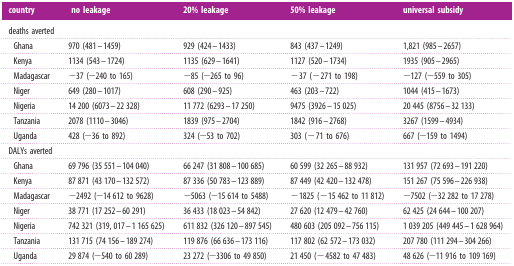
<table><thead><tr><td><b>country</b></td><td><b> no leakage</b></td><td><b>20% leakage</b></td><td><b>50% leakage</b></td><td><b>universal subsidy</b></td></tr></thead><tbody><tr><td colspan="5">deaths averted</td></tr><tr><td> Ghana</td><td>970 (481–1459)</td><td>929 (424–1433)</td><td>843 (437–1249)</td><td>1,821 (985–2657)</td></tr><tr><td> Kenya</td><td>1134 (543–1724)</td><td>1135 (629–1641)</td><td>1127 (520–1734)</td><td>1935 (905–2965)</td></tr><tr><td> Madagascar</td><td>−37 (−240 to 165)</td><td>−85 (−265 to 96)</td><td>−37 (−271 to 198)</td><td>−127 (−559 to 305)</td></tr><tr><td> Niger</td><td>649 (280–1017)</td><td>608 (290–925)</td><td>463 (203–722)</td><td>1044 (415–1673)</td></tr><tr><td> Nigeria</td><td>14 200 (6073–22 328)</td><td>11 772 (6293–17 250)</td><td>9475 (3926–15 025)</td><td>20 445 (8756–32 133)</td></tr><tr><td> Tanzania</td><td>2078 (1110–3046)</td><td>1839 (975–2704)</td><td>1842 (916–2768)</td><td>3267 (1599–4934)</td></tr><tr><td> Uganda</td><td>428 (−36 to 892)</td><td>324 (−53 to 702)</td><td>303 (−71 to 676)</td><td>667 (−159 to 1494)</td></tr><tr><td colspan="5">DALYs averted</td></tr><tr><td> Ghana</td><td>69 796 (35 551–104 040)</td><td>66 247 (31 808–100 685)</td><td>60 599 (32 265–88 932)</td><td>131 957 (72 693–191 220)</td></tr><tr><td> Kenya</td><td>87 871 (43 170–132 572)</td><td>87 336 (50 783–123 889)</td><td>87 449 (42 420–132 478)</td><td>151 267 (75 596–226 938)</td></tr><tr><td> Madagascar</td><td>−2492 (−14 612 to 9628)</td><td>−5063 (−15 614 to 5488)</td><td>−1825 (−15 462 to 11 812)</td><td>−7502 (−32 282 to 17 278)</td></tr><tr><td> Niger</td><td>38 771 (17 252–60 291)</td><td>36 433 (18 023–54 842)</td><td>27 620 (12 479–42 760)</td><td>62 425 (24 644–100 207)</td></tr><tr><td> Nigeria</td><td>742 321 (319, 017–1 165 625)</td><td>611 832 (326 120–897 545)</td><td>480 603 (205 092–756 115)</td><td>1 039 205 (449 445–1 628 964)</td></tr><tr><td> Tanzania</td><td>131 715 (74 156–189 274)</td><td>119 876 (66 636–173 116)</td><td>117 802 (62 572–173 032)</td><td>207 780 (111 294–304 266)</td></tr><tr><td> Uganda</td><td>29 874 (−540 to 60 289)</td><td>23 272 (−3306 to 49 850)</td><td>21 450 (−4582 to 47 483)</td><td>48 626 (−11 916 to 109 169)</td></tr></tbody></table>